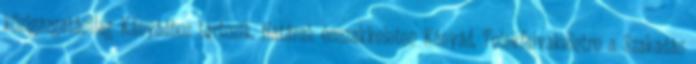
közigazgatásilag Kányádhoz tartozik. Határai: ésszakkeleten Kányád, Telekfalvakeletre a Szakadás